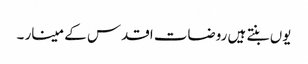
یوں بنتے ہیں روضات اقدس کے مینار ۔